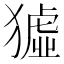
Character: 𤡣